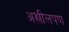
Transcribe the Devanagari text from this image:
अश्लीलपण